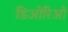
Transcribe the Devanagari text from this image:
डिओरिओ